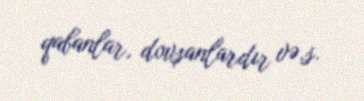
qabanlar, dovşanlardır və.s.